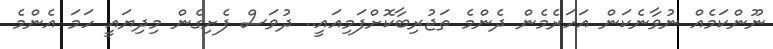
ނޫންކަމެއް ނުވާނެކަން އަހަރެމެން ދެންމެ ތަޖުރިބާކޮށްފަމިއައީ.. ދުވަސް ފެށިގެން މިދިޔައީ ހަމަ އެންމެ